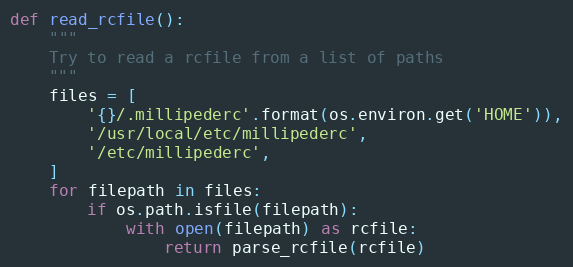
Language: Python
def read_rcfile():
    """
    Try to read a rcfile from a list of paths
    """
    files = [
        '{}/.millipederc'.format(os.environ.get('HOME')),
        '/usr/local/etc/millipederc',
        '/etc/millipederc',
    ]
    for filepath in files:
        if os.path.isfile(filepath):
            with open(filepath) as rcfile:
                return parse_rcfile(rcfile)